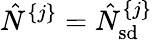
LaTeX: \hat{N}^{\{ j\} }=\hat{N}_{\mathrm{sd}}^{\{ j\} }